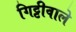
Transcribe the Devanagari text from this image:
गिट्टीवाले